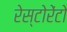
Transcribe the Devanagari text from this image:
रेस्‍टोरेंटो